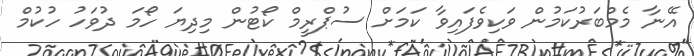
އޭނާ މެމްބަރުކަމުން ވަކިވެފައިވާ ކަމަށް ސުޕްރީމް ކޯޓުން މިދިޔަ ހޯމަ ދުވަހު ހުކުމް